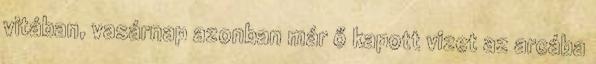
vitában, vasárnap azonban már ő kapott vizet az arcába